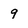
Character: 9